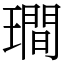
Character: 𤩎